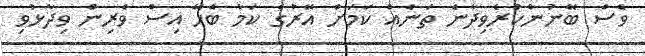
ވެސް ބޭނުންކުރެވިދާނެ ތަނެއް ކަމަށް އޭރުގެ ކަމާ ބެހޭ އިސް ވެރިން ވިދާޅުވި